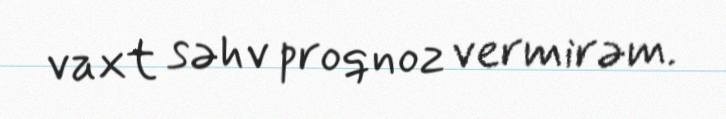
vaxt səhv proqnoz vermirəm.